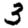
Digit: 3